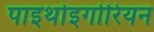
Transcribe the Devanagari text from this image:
पाइथोइगोरियन